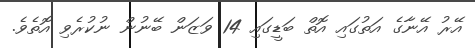
އޭރު އޭނާގެ އަތުގައި އޮތް ބަޑީގައި 14 ވަޒަން ބޭނުން ނުކުރެވި އޮތެވެ.